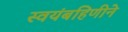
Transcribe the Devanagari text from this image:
स्वयंबहिणीने